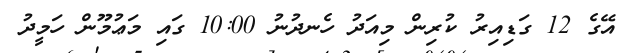
އޭގެ 12 ގަޑިއިރު ކުރިން މިއަދު ހެނދުނު 10:00 ގައި މަޢުމޫން ހަމީދު